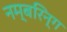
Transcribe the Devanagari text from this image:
नम्बरिन्ग